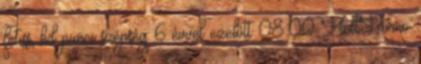
fetiss, hd punci szépség 6 évvel ezelőtt 08:00 HellPorno